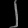
Digit: ၂